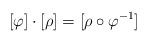
LaTeX: \begin{align*}[\varphi]\cdot [\rho] = [\rho\circ \varphi^{-1}]\end{align*}